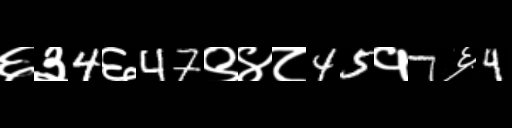
Text: ६३4६47९४८45१7६4